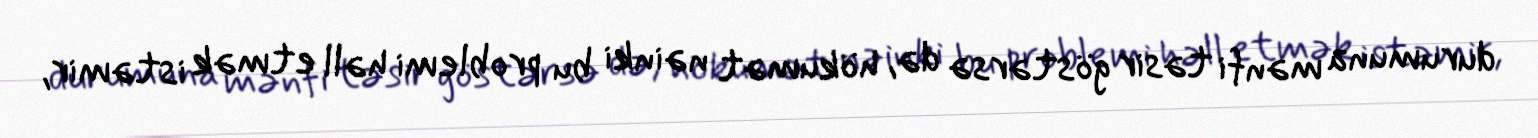
durumuna mənfi təsir göstərsə də, hökumət nəinki bu problemi həll etmək istəmir,